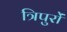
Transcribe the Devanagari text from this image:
त्रिपुरों